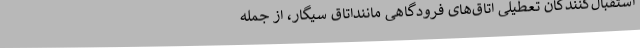
استقبال‌کنندگان تعطیلی اتاق‌های فرودگاهی ماننداتاق سیگار، از جمله